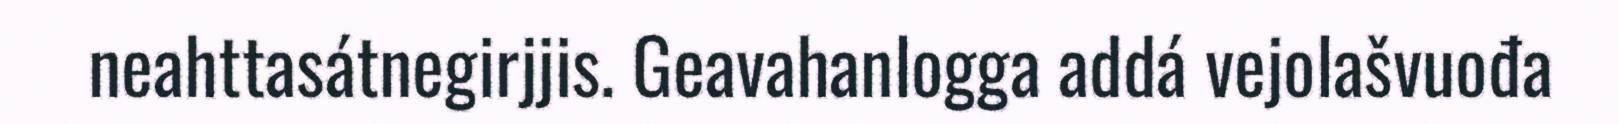
neahttasátnegirjjis. Geavahanlogga addá vejolašvuođa